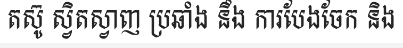
តស៊ូ ស្វិតស្វាញ ប្រឆាំង នឹង ការបែងចែក និង